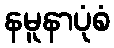
နမူနာပုံစံ